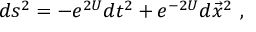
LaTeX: d s ^ { 2 } = - e ^ { 2 U } d t ^ { 2 } + e ^ { - 2 U } d \vec { x } ^ { 2 } \ ,